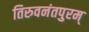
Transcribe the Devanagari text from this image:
तिरुवनंतपुरम्‌